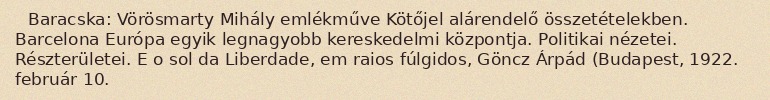
Baracska: Vörösmarty Mihály emlékműve Kötőjel alárendelő összetételekben. Barcelona Európa egyik legnagyobb kereskedelmi központja. Politikai nézetei. Részterületei. E o sol da Liberdade, em raios fúlgidos, Göncz Árpád (Budapest, 1922. február 10.